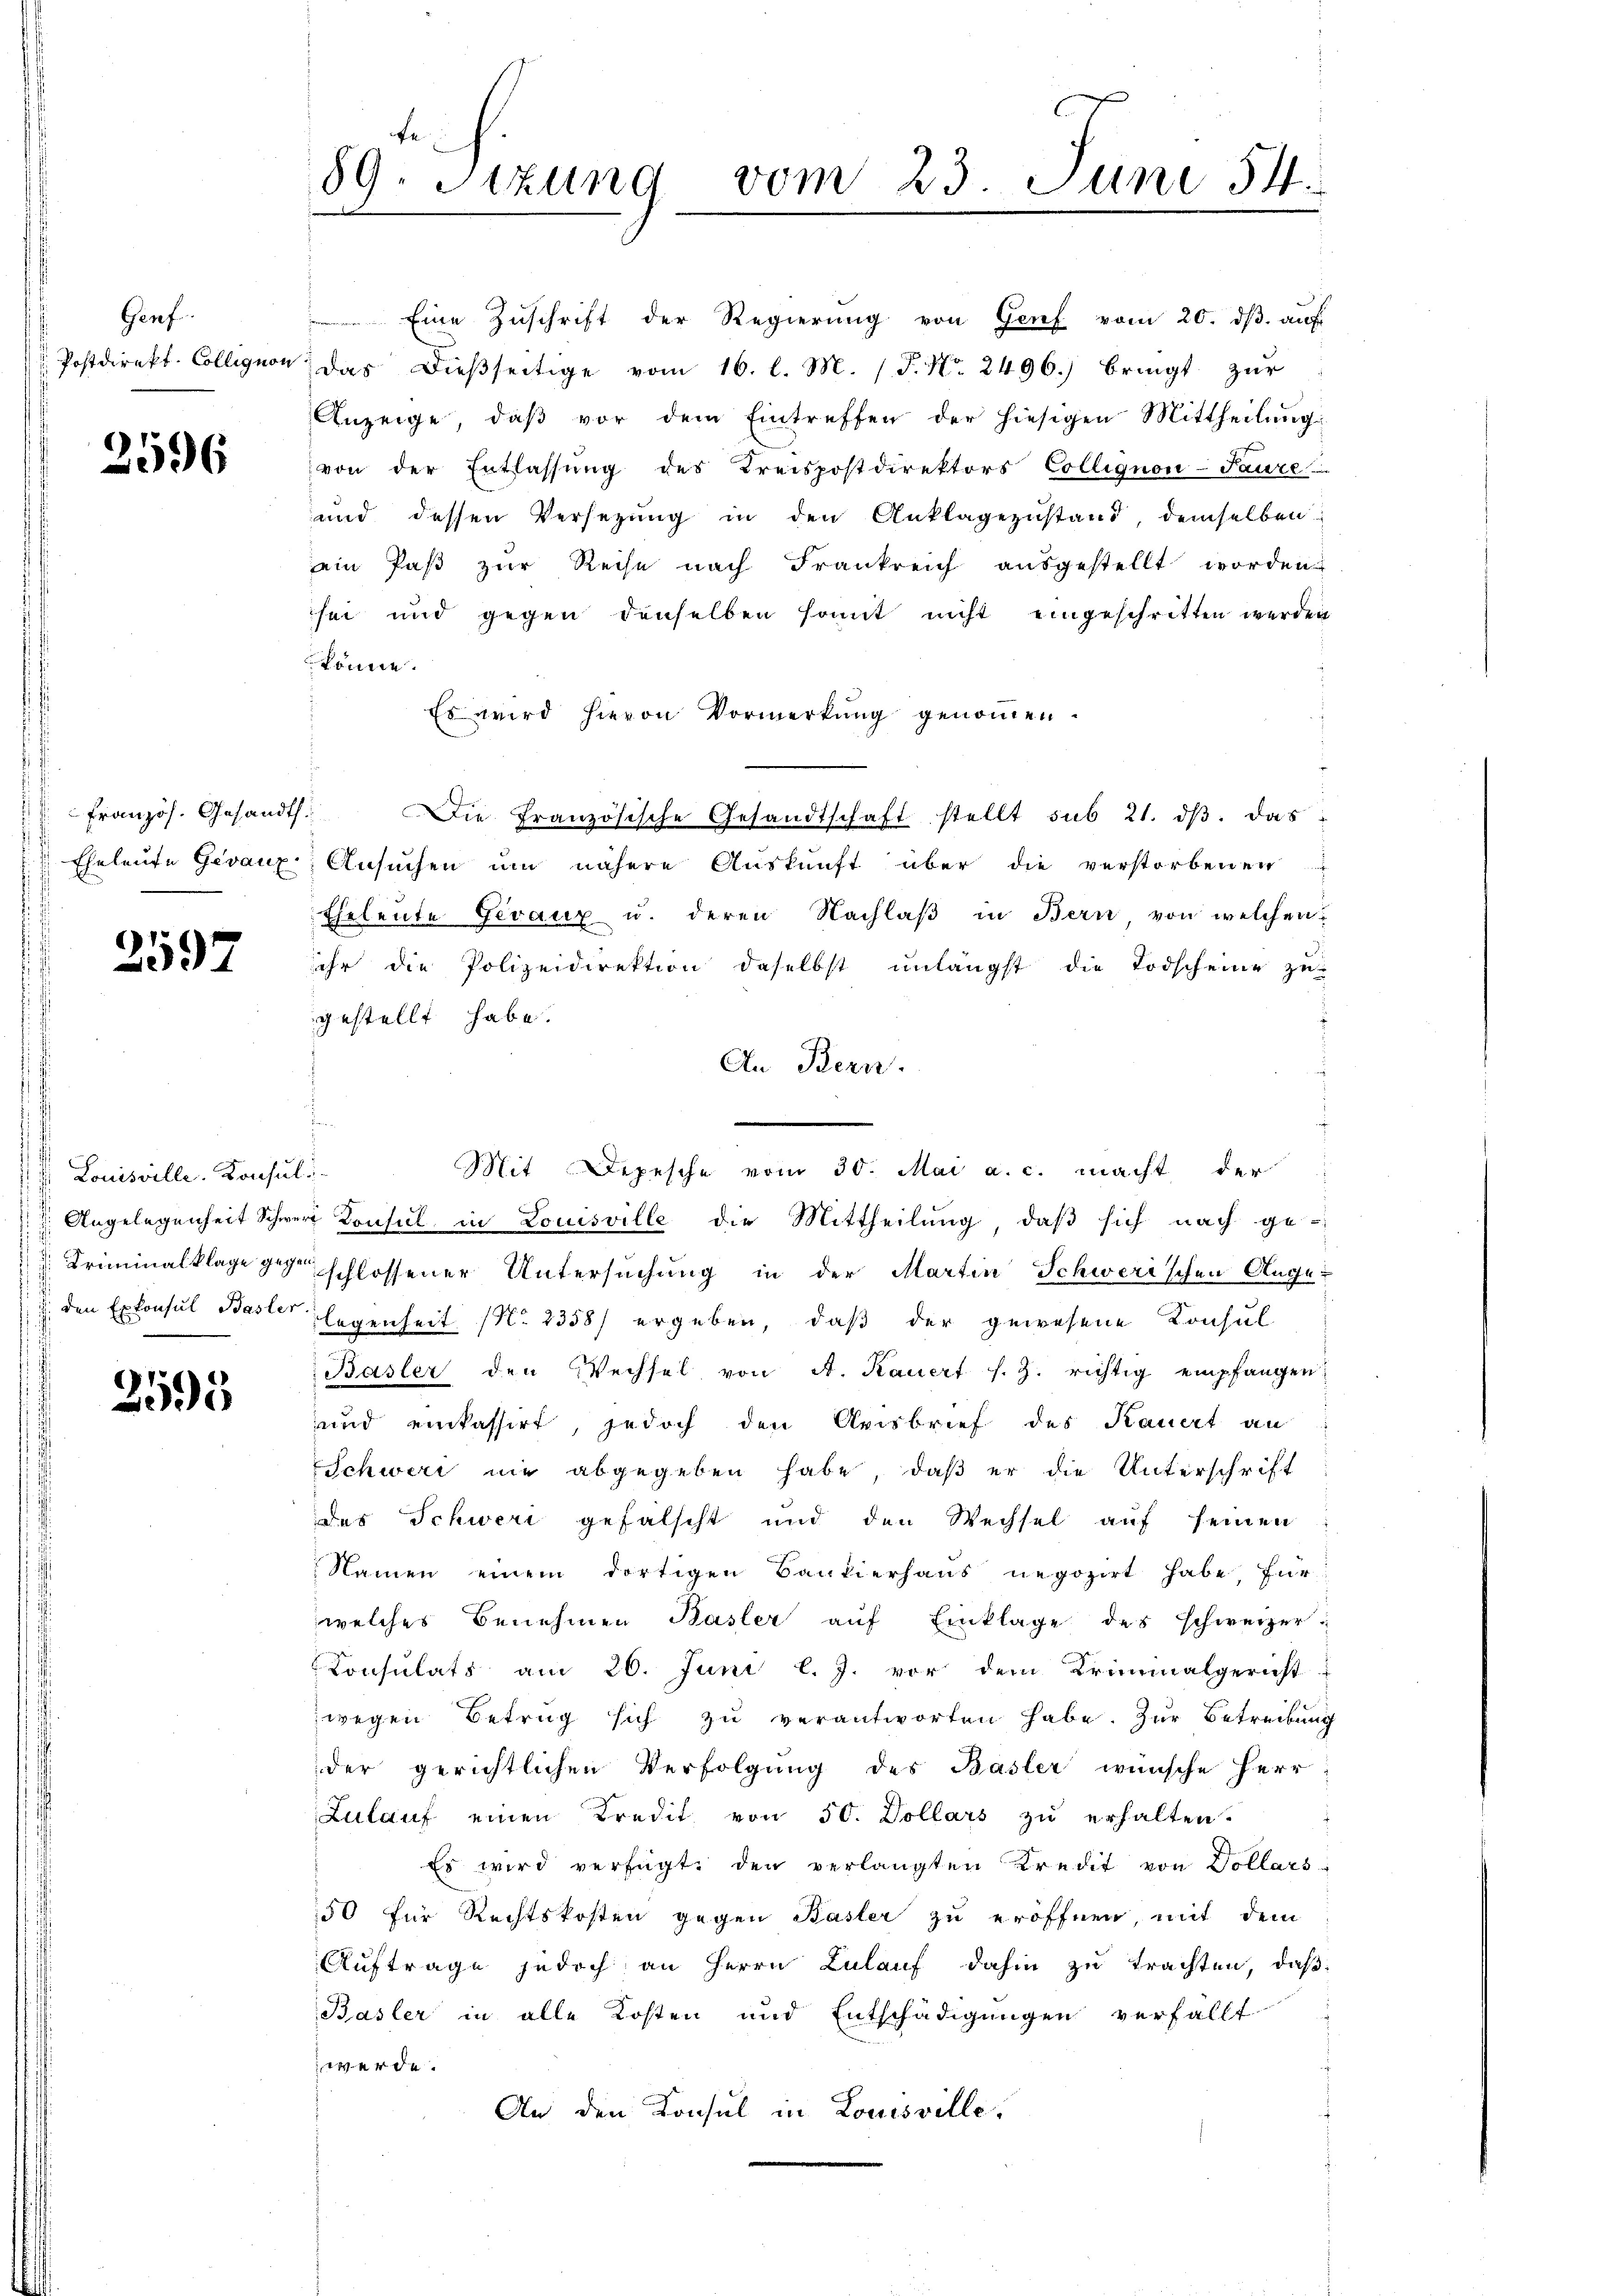
Genf.
 Postdirekt-Colligion

2596

französ. Gesandt.
Eheleute Gevaux

2597

1 Louisville. Konsul

2595

89. Sitzung vom 23. Juni 54.

ein Paß zur Reise nach Frankreich ausgestellt worden.
sei und gegen denselben somit nicht eingeschritten werden
 könne.
Es wird hievon Vormerkung genommen.
Die Französische Gesandtschaft stellt sub 21. dβ. das
Ansuchen um nähere Auskunft über die verstorbenen
Eheleute Geraux u. deren Nachlaß in Bern, von welchen
ihr die Polizeidirektion daselbst unlängst die Todscheine zu-
gestellt habe.
An Bern.
Mit Depesche vom 30. Mai a. c. macht der
 Angelegenheit Schwere Konsul in Louisville die Mittheilung, daß sich nach ge-
Triminalklage gegen schlossener Untersuchung in der Martin Schwerischen Ange¬
 den Exkonsul Basler legenheit No. 2358) ergeben, daß der gewesene Konsul
Basler den Wechsel von A. Kauert s. Z. richtig empfangen
und einkassirt, jedoch den Anisbrief des Kauert an
Schweri nie abgegeben habe, daß er die Unterschrift
des Schweri gefalscht und den Wechsel auf seinen
Namen einem dortigen Bankierhaus negozirt habe, für
welches Benehmen Basler auf Einklage des schweizer-
Consulats am 26. Juni l. J. vor dem Kriminalgericht
wegen Betrug sich zu verantworten habe. Zur Betreibung
der gerichtlichen Verfolgŭng des Basler wünsche Herr
Zulauf einen Kredit von 50. Dollars zu erhalten.
Es wird verfügt: den verlangten Kredit von Dollars
50 für Rechtskosten gegen Basler zu eröffnen, mit dem
Auftrage jedoch an Herrn Zulauf dahin zu trachten, daß
Basler in alle Kosten und Entschädigungen verfällt
werde.
An den Konsul in Louisville,

Eine Zuschrift der Regierung von Genf vom 20. dβ. auf
das dieβseitige vom 16. l. M. (T. No. 2496. bringt zŭr
Anzeige, daβ vor dem Eintreffen der hiesigen Mittheilung:
von der Entlassung des Kreispostdirektors Collignon-Paure
und dessen Versezung in den Anklagezustand, demselben